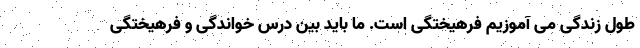
طول زندگی می آموزیم فرهیختگی است. ما باید بین درس خواندگی و فرهیختگی